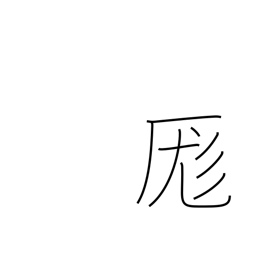
Meaning: mix